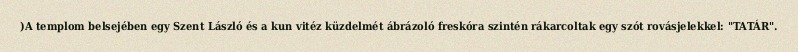
)A templom belsejében egy Szent László és a kun vitéz küzdelmét ábrázoló freskóra szintén rákarcoltak egy szót rovásjelekkel: "TATÁR".